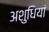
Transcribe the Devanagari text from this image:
अशुधियां